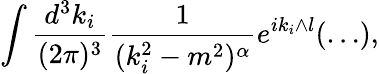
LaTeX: \int\frac{d^{3}k_{i}}{(2\pi)^{3}}\frac{1}{(k_{i}^{2}-m^{2})^{\alpha}}e^{ik_{i}\wedge l}(\ldots),